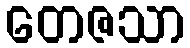
တေဇသာ